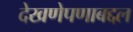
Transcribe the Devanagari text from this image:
देखणेपणाबद्दल